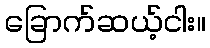
ခြောက်ဆယ့်ငါး။